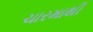
ચારમાથી